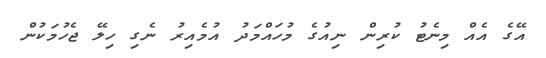
އޭގެ އެއް މިނެޓު ކުރިން ނިއުގެ މުހައްމަދު އުމެއިރު ނެގި ހިލޭ ޖެހުމަކުން